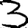
Digit: 3